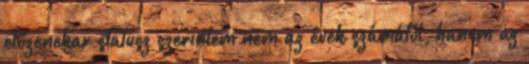
előzenekar státusz szerintem nem az évek számától, hanem az